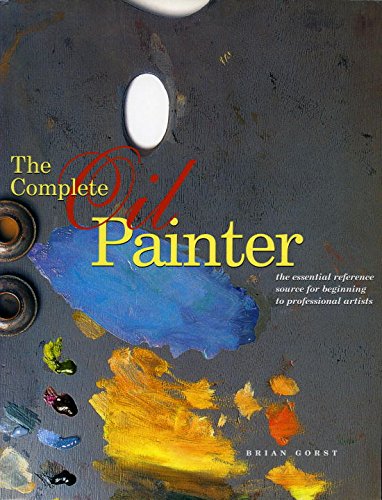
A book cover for The Complete Oil Painter: The Essential Reference for Beginners to Professionals; Brian Gorst; Arts & Photography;